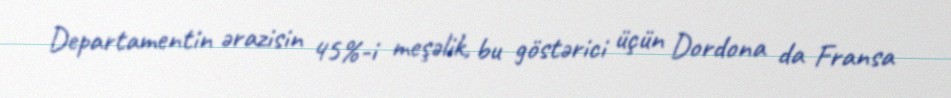
Departamentin ərazisin 45%-i meşəlik, bu göstərici üçün Dordona da Fransa